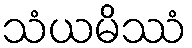
သံယမိဿံ